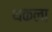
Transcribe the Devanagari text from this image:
थकला